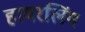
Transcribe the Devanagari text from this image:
हामरलिंग